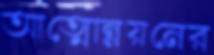
আত্মোন্নয়নের